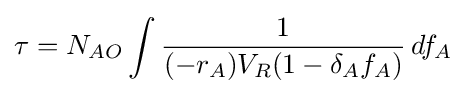
\tau =N_{AO}\int {\frac {1}{(-r_{A})V_{R}(1-\delta _{A}f_{A})}}\,df_{A}